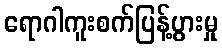
ရောဂါကူးစက်ပြန့်ပွားမှု